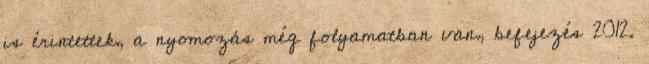
is érintettek, a nyomozás még folyamatban van, befejezés 2012.